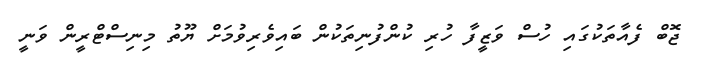
ޖޮބް ފެއާތަކުގައި ހުސް ވަޒީފާ ހުރި ކުންފުނިތަކުން ބައިވެރިވުމަށް ޔޫތު މިނިސްޓްރީން ވަނީ